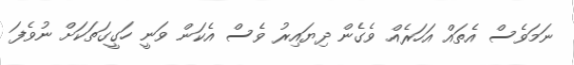
ނަމަވެސް އެތައް އަހަރެއް ވެގެން ދިޔައިރު ވެސް އެކަން ވަނީ ހަގީގަތަކަށް ނުވެފަ